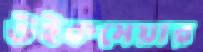
উইকমেয়ার